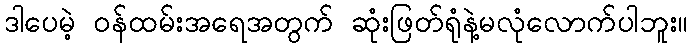
ဒါပေမဲ့ ဝန်ထမ်းအရေအတွက် ဆုံးဖြတ်ရုံနဲ့မလုံလောက်ပါဘူး။